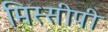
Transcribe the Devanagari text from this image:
मिस्सीपी